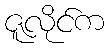
ဇူလိုင်က